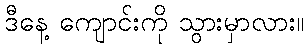
ဒီနေ့ ကျောင်းကို သွားမှာလား။